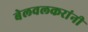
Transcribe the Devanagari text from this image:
बेलवलकरांनी